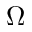
\Omega